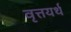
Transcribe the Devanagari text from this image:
वृत्तयर्थ